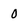
Character: O